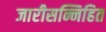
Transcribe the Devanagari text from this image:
जारीसन्निहित